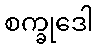
စက္ခုဒေါ